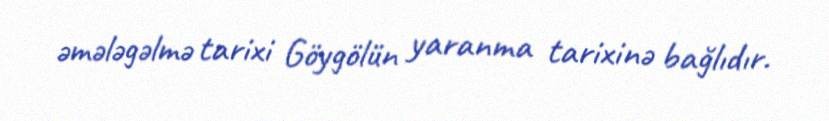
əmələgəlmə tarixi Göygölün yaranma tarixinə bağlıdır.